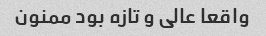
واقعا عالی و تازه بود ممنون